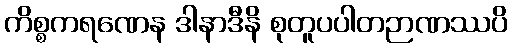
ကိစ္စကရဏေန ဒါနာဒီနိ စုတူပပါတဉာဏဿပိ